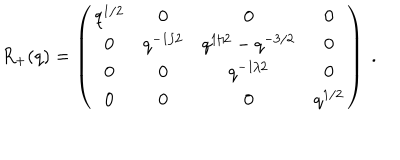
LaTeX: R _ { + } ( q ) = \left( \begin{matrix} { { q ^ { 1 / 2 } } } & { { 0 } } & { { 0 } } & { { 0 } } \\ { { 0 } } & { { q ^ { - 1 / 2 } } } & { { q ^ { 1 / 2 } - q ^ { - 3 / 2 } } } & { { 0 } } \\ { { 0 } } & { { 0 } } & { { q ^ { - 1 / 2 } } } & { { 0 } } \\ { { 0 } } & { { 0 } } & { { 0 } } & { { q ^ { 1 / 2 } } } \\ \end{matrix} \right) \ .